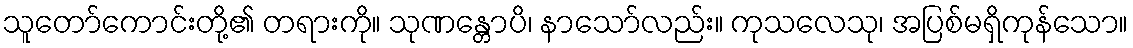
သူတော်ကောင်းတို့၏ တရားကို။ သုဏန္တောပိ၊ နာသော်လည်း။ ကုသလေသု၊ အပြစ်မရှိကုန်သော။